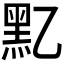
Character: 𪐘